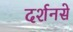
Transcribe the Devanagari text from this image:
दर्शनसे